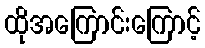
ထိုအကြောင်းကြောင့်